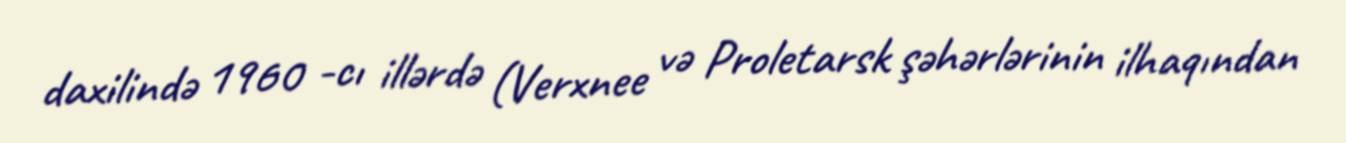
daxilində 1960 -cı illərdə (Verxnee və Proletarsk şəhərlərinin ilhaqından